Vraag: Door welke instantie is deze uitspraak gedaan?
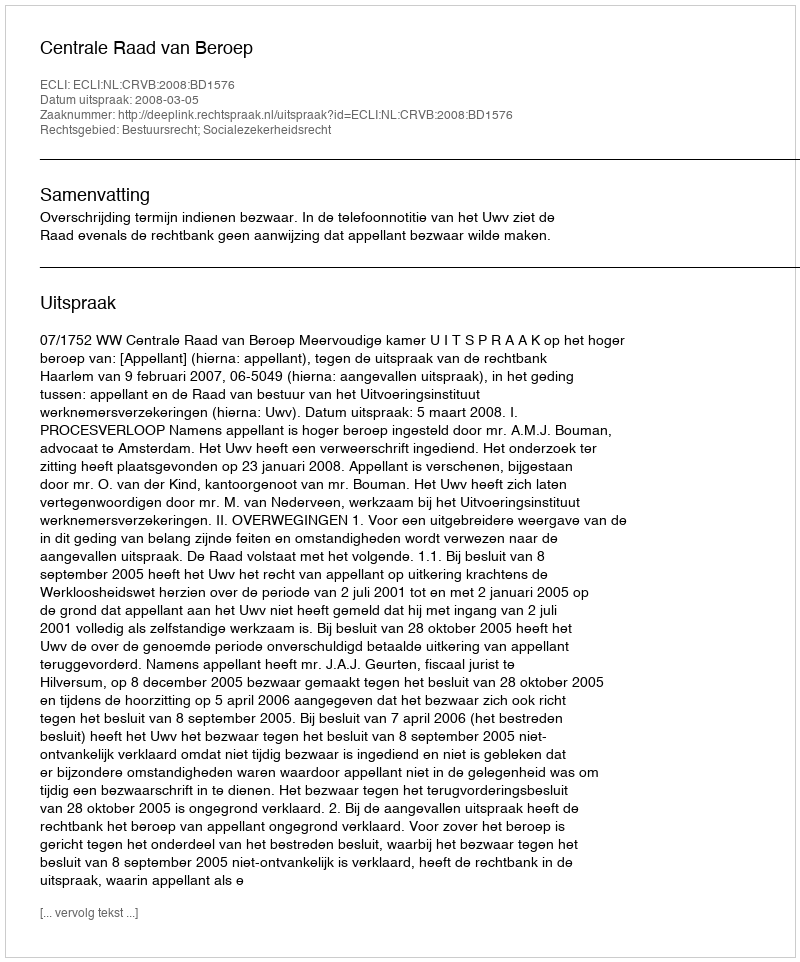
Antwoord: Centrale Raad van Beroep